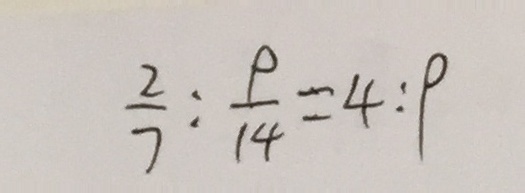
\frac { 2 } { 7 } : \frac { 9 } { 1 4 } = 4 : 9